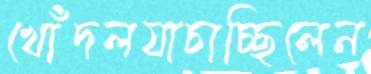
খোঁদলযাচাচ্ছিলেন